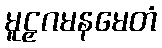
မူဠှဂမနမေတံ